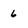
Character: 6